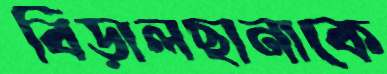
বিড়ালছানাকে